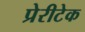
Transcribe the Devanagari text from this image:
प्रेरीटेक